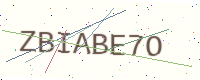
Text: ZBIABE7O